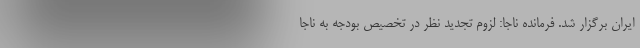
ایران برگزار شد. فرمانده ناجا: لزوم تجدید نظر در تخصیص بودجه به ناجا